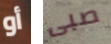
أو صبى